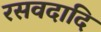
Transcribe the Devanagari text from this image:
रसवदादि